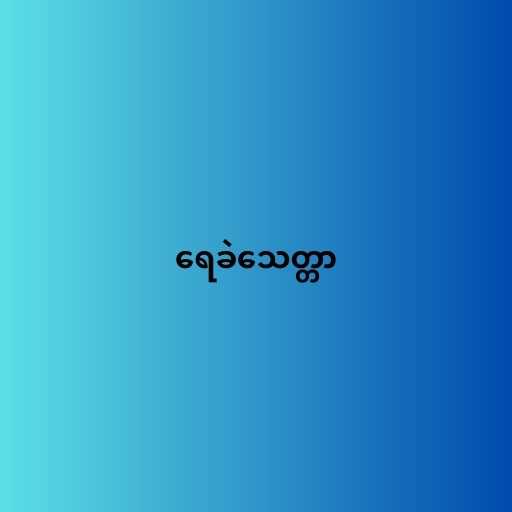
ရေခဲသေတ္တာ